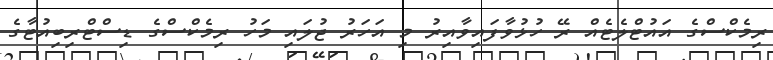
ރިމެކްސްގެ އައުޓްލެޓެއް ރޭ ހުޅުވާފައިވާއިރު މި އަހަރު ޖުލައި މަހު ރިމެކްސްގެ ޑިސްޓްރިބިއުޓާގެ